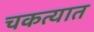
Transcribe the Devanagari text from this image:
चकत्यात